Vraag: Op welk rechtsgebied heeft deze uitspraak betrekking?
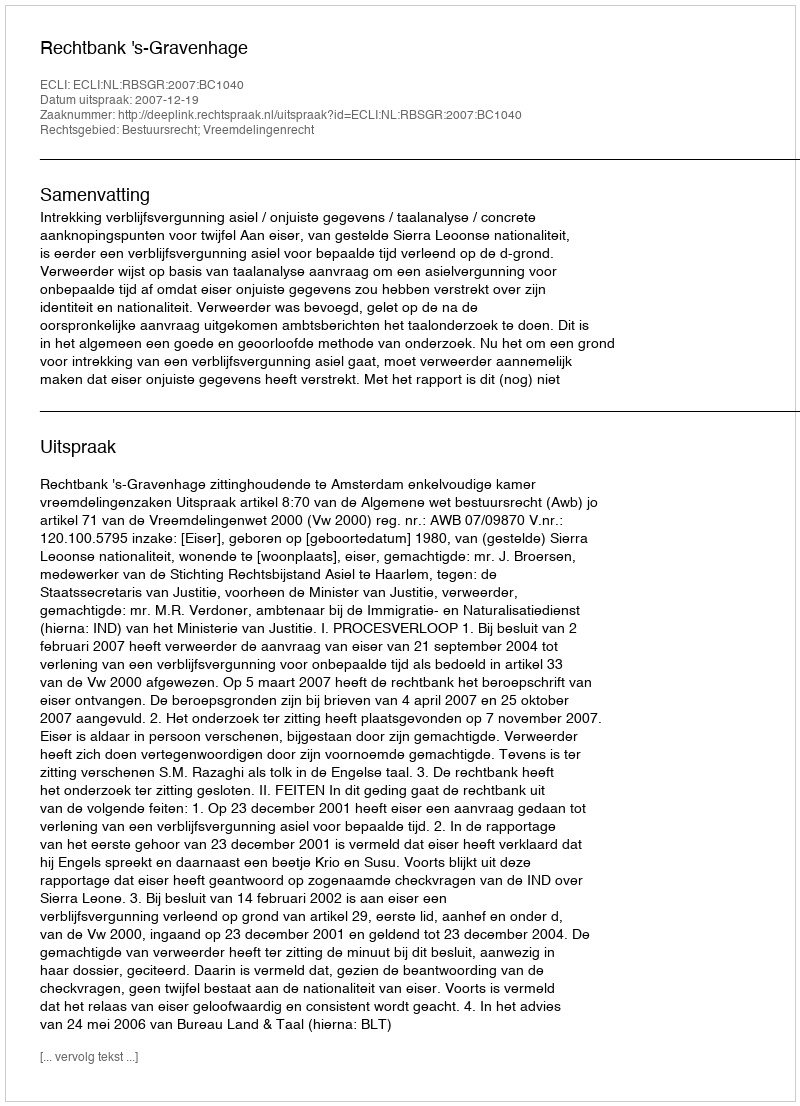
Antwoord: Bestuursrecht; Vreemdelingenrecht